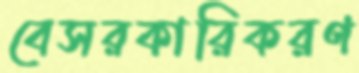
বেসরকারিকরণ